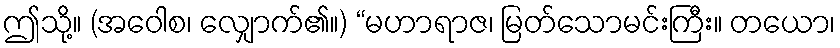
ဤသို့။ (အဝေါစ၊ လျှောက်၏။) “မဟာရာဇ၊ မြတ်သောမင်းကြီး။ တယော၊